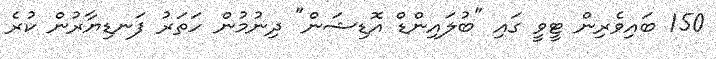
150 ބައިވެރިން ޓީވީ ގައި "ބުލައިންޑް އޮޑިޝަން" ދިނުމުން ހަތަރު ފަނޑިޔާރުން ކުރެ